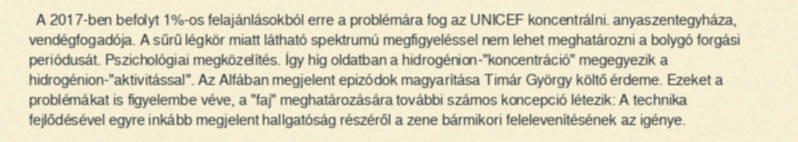
A 2017-ben befolyt 1%-os felajánlásokból erre a problémára fog az UNICEF koncentrálni. anyaszentegyháza, vendégfogadója. A sűrű légkör miatt látható spektrumú megfigyeléssel nem lehet meghatározni a bolygó forgási periódusát. Pszichológiai megközelítés. Így híg oldatban a hidrogénion-"koncentráció" megegyezik a hidrogénion-"aktivitással". Az Alfában megjelent epizódok magyarítása Timár György költő érdeme. Ezeket a problémákat is figyelembe véve, a "faj" meghatározására további számos koncepció létezik: A technika fejlődésével egyre inkább megjelent hallgatóság részéről a zene bármikori felelevenítésének az igénye.